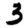
Digit: 3